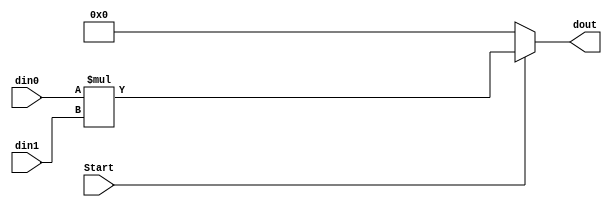
`timescale 1ns / 1ps

module Multiplicator(Start, din0, din1, dout);

    input Start;
    input [7:0] din0;
    input [3:0] din1;
    output [11:0] dout;
    
    wire    [7:0]   for_din1;
    assign  for_din1 = {3'b000, din1};
    wire    [15:0]   result;
    assign  result = din0 * for_din1;
    assign  dout = (Start)  ?   result[11:0]  :   12'b0;
    
endmodule